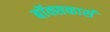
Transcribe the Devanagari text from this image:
बॉक्सकार्स